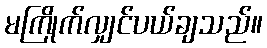
မကြိုက်လျှင်ပယ်ချသည်။